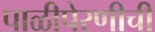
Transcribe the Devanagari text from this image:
पाळीपेरणीची